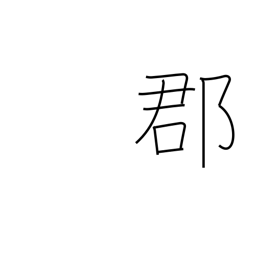
Meaning: county